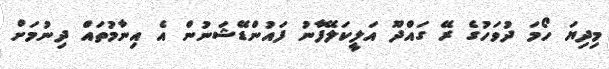
މިދިޔަ ހޯމަ ދުވަހުގެ ރޭ ގައްދޫ އަލީކަލޭފާނު ފައުންޑޭޝަނުން އެ އިނާމުތައް ދިނުމަށް